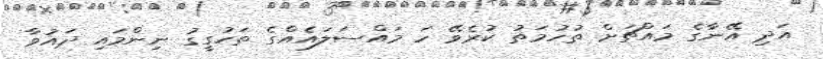
އަދި އޭނާގެ މައްޗަށް ތުހުމަތު ކުރެވޭ ހަ މައްސަލައެއްގެ ތަހުގީގު ނިންމައި ދައުވާ